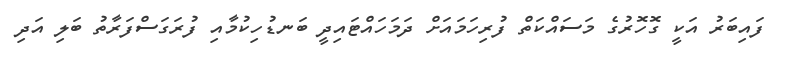
ފައިބަރު އަކީ ގޮހޮރުގެ މަސައްކަތް ފުރިހަމައަށް ދަމަހައްޓައިދީ ބަނޑުހިކުމާއި ފުރަގަސްފަރާތު ބަލި އަދި